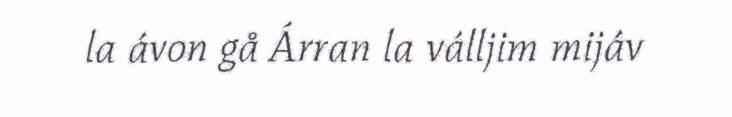
la ávon gå Árran la válljim mijáv